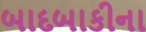
બાદબાકીના